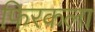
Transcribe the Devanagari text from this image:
फिरकला